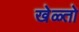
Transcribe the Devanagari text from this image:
खेळ्तो